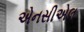
એનસીએલ